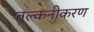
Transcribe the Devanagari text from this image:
बल्कनीकरण